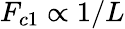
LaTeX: F_{c1}\propto 1/L